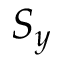
S _ { y }